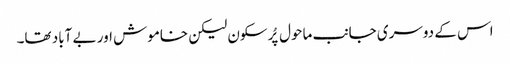
اس کے دوسری جانب ماحول پُرسکون لیکن خاموش اور بے آباد تھا۔